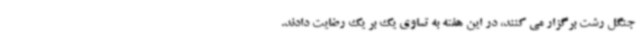
جنگل رشت برگزار می کنند، در این هفته به تساوی یک بر یک رضایت دادند.